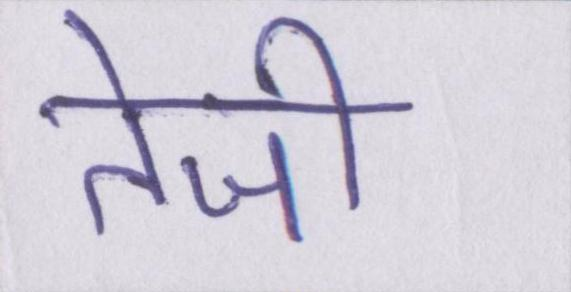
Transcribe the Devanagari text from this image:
तेजी